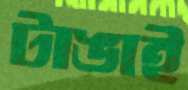
টাঙাই